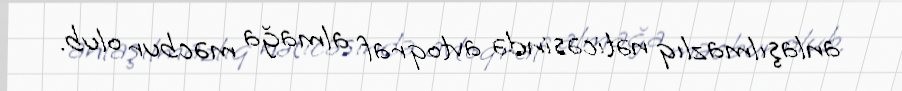
anlaşılmazlıq nəticəsində avtoqraf almağa məcbur olub.